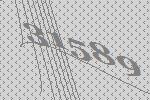
31589